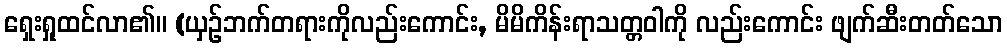
ရှေးရှုထင်လာ၏။ (ယှဉ်ဘက်တရားကိုလည်းကောင်း, မိမိကိန်းရာသတ္တဝါကို လည်းကောင်း ဖျက်ဆီးတတ်သော